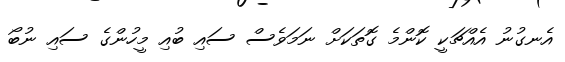
އެނގުނު އެއްޗަކީ ކޮންމެ ގޮތަކަށް ނަމަވެސް ސައި ބުއި މީހުންގެ ސައި ނުބޯ